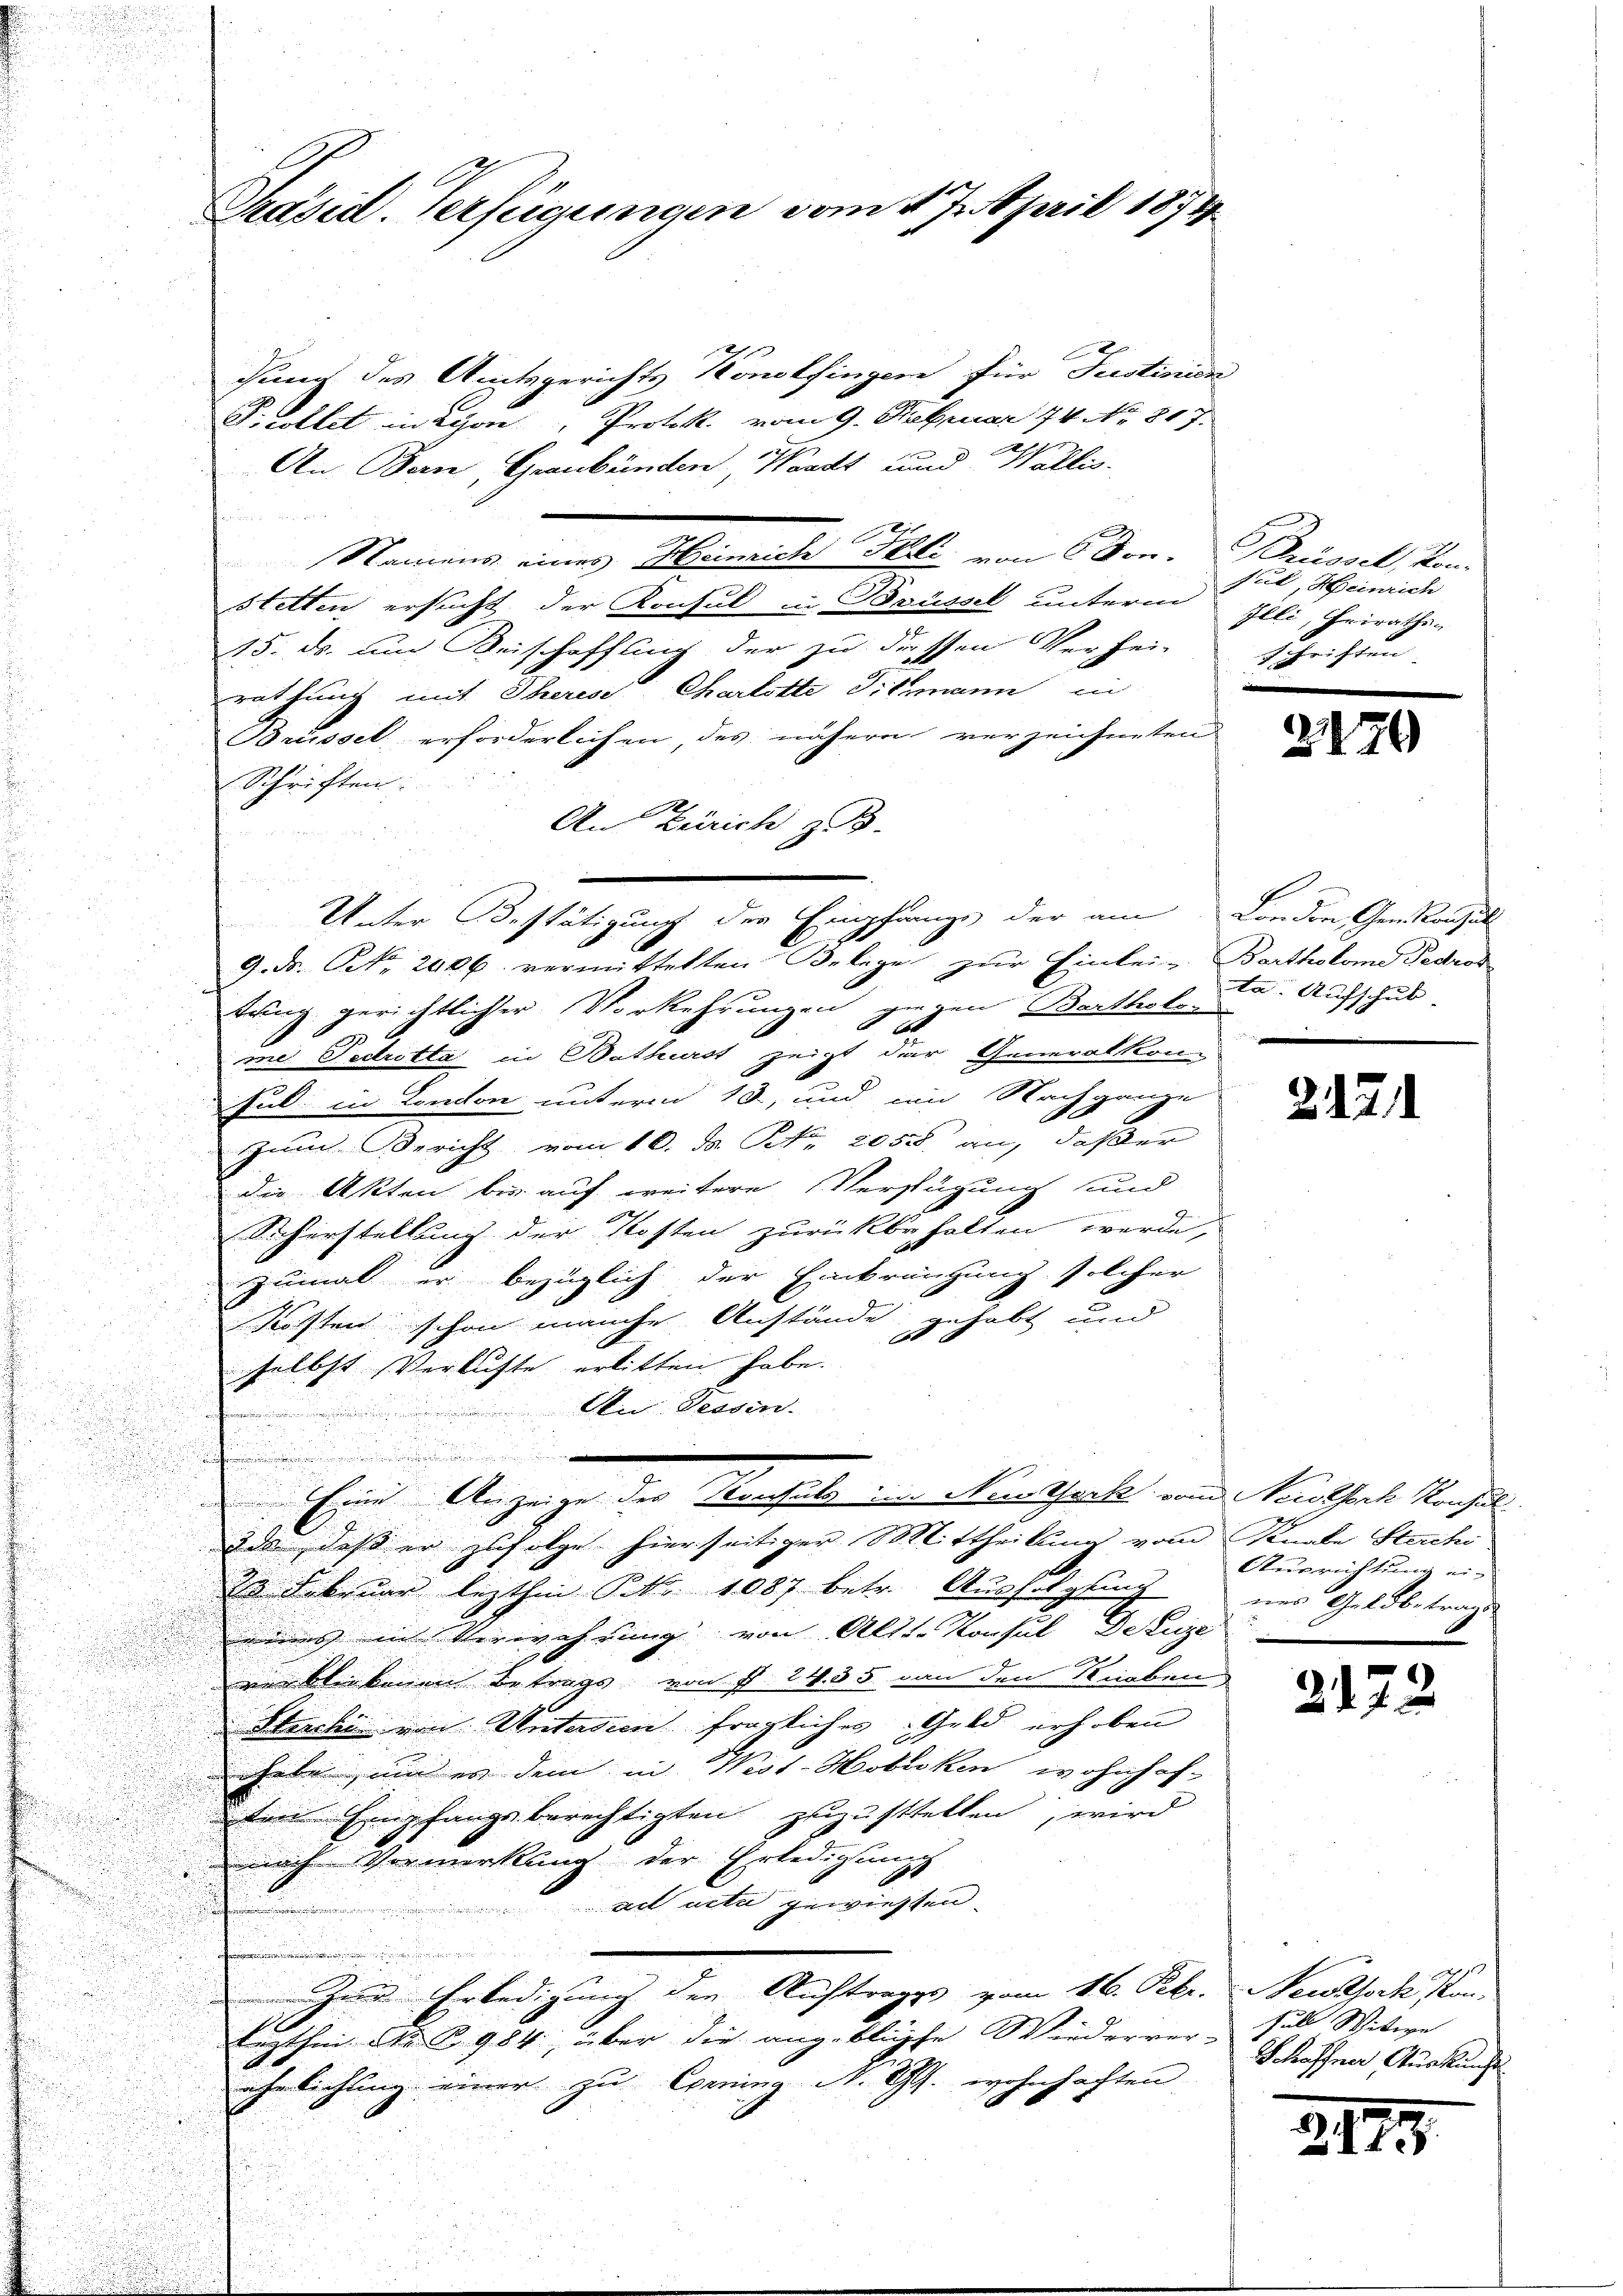
chung des Amtsgerichts Konolfingen für Justinien
Scottet in Schon, Protok. vom 9. Februar 74 No 817.
An Bern, Graubünden, Waadt und Wallis.
Namens eines Heinrich Itali von 6 Dom. Schüssel, Kon-
Stetten ersucht der Konsul in Brüssel unterm
15. ds. und Beischaffung der zu dessen Verhei-
rattung mit Therese Charlotte Sillmann in
Brüssel erforderlichen, des nähere verzeichneten
Schriften:
An Zürich z. B.
Unter Bestätigung der Empfangs der am London Genkonsul
9. ds. No. 2026. vermittelten Belege zur Einlei- Bartholome Fedros
tung gerichtlicher Vorkehrungen gegen Bartholo
me Pectrotta in Bathurst zeigt der Generalkom
Ful: in London unterm 18, und im Nachgange
2
zum Bericht vom 10. d. Nr. 2050 an, dasser

die Akten bis auf weitere Verfügung und
Sicherstellung der Kosten zurückbehalten werde,
zumal er bezüglich der Einkränzung solcher
Försten schon manche Anstände gehabt und
selbst Verluste erlitten habe.
An Tessin.

Eine Anzeige des Konsuls im Neustark vom Neutsch Konsul
2ds, daß er zufolge hierseitiger Mittheilung vom Kanale Stecchi,
.
33 Februar lezthin P. Nr. 1087 betr. Ausfolgung ins Geldbetrage
eines in Verwahrung von Alts-Konsul De Luze
v bl benen Betrags von P. 1435 von den Strieben
Strecki von Untersien fragliches Geld erhoben
habe, und er dem in West-Hobicken wohnhof-
ten Empfangsberechtigten zuzustellen, wird
nach Vormerkung der Erledigungs
ad acta gewiessen.

Zur Erledigung der Auftrages vom 16. Febr. Newsork Kon-
I
lezthin No 984, über die angebliche Wiederrer Fall Witwe
ahe lichung einer zu Corning N. S. wohnhaften

Präsid. Verfügungen vom 17. April 1874

sul, Heinrich
Illi, Heiraths-
schriften

2120

ta. Aufschub

2.12.1

Ausrichtung ei¬

2172

Schaffner Auskunft

Z. 175